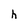
Character: h